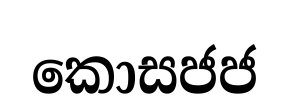
කොසජජ